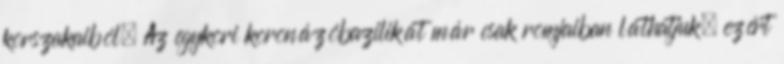
korszakaiból. Az egykori koronázóbazilikát már csak romjaiban láthatjuk, ezért